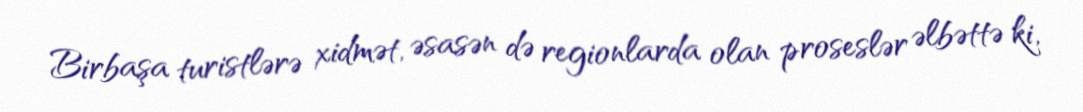
Birbaşa turistlərə xidmət, əsasən də regionlarda olan proseslər əlbəttə ki,